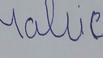
Signature authenticity: forged